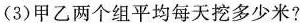
(3)甲乙两个组平均每天挖多少米?